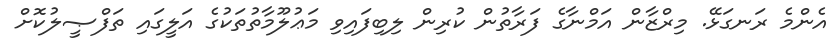
އެންމެ ރަނގަޅޭ. މިރްޒާން އަމްނާގެ ފަރާތުން ކުރިން ލިބިފައިވި މަޢުލޫމާތުތަކުގެ އަލީގައި ތަފްޞީލުކޮށް